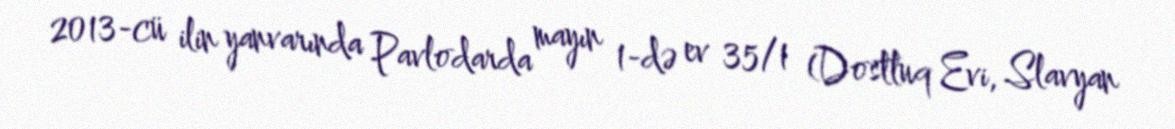
2013-cü ilin yanvarında Pavlodarda mayın 1-də ev 35/1 (Dostluq Evi, Slavyan